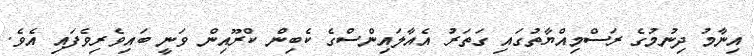
އިނާމު ދިނުމުގެ ރަސްމިއްޔާތުގައި ގަތަރު އެއާލައިންސްގެ ކެބިން ކްރޫއިން ވަނީ ބައިވެރިވެފައި އެވެ.